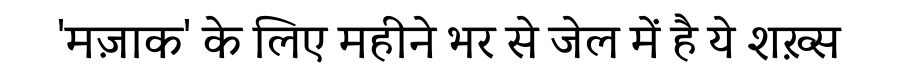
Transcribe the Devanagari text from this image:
'मज़ाक' के लिए महीने भर से जेल में है ये शख़्स